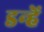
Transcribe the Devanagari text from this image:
डन्हें